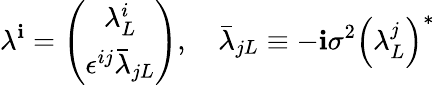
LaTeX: \lambda^{\mathbf{i}}=\left(\begin{array}{c}{{\lambda_{L}^{i}}}\\ {{\epsilon^{ij}\bar{\lambda}_{jL}}}\end{array}\right),\quad\bar{{\lambda}}_{jL}\equiv-\mathbf{i}\sigma^{2}\left(\lambda_{L}^{j}\right)^{*}